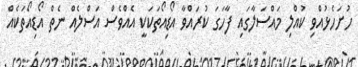
ހުށަހެޅުއްވި ކުއްލި މައްސަލާގައި ފާހަގަ ކުރައްވާ އޯޑިއޯތަކަކީ އެއްވެސް އަސްލެއް ނެތް އޯޑިއޯތަކެއް